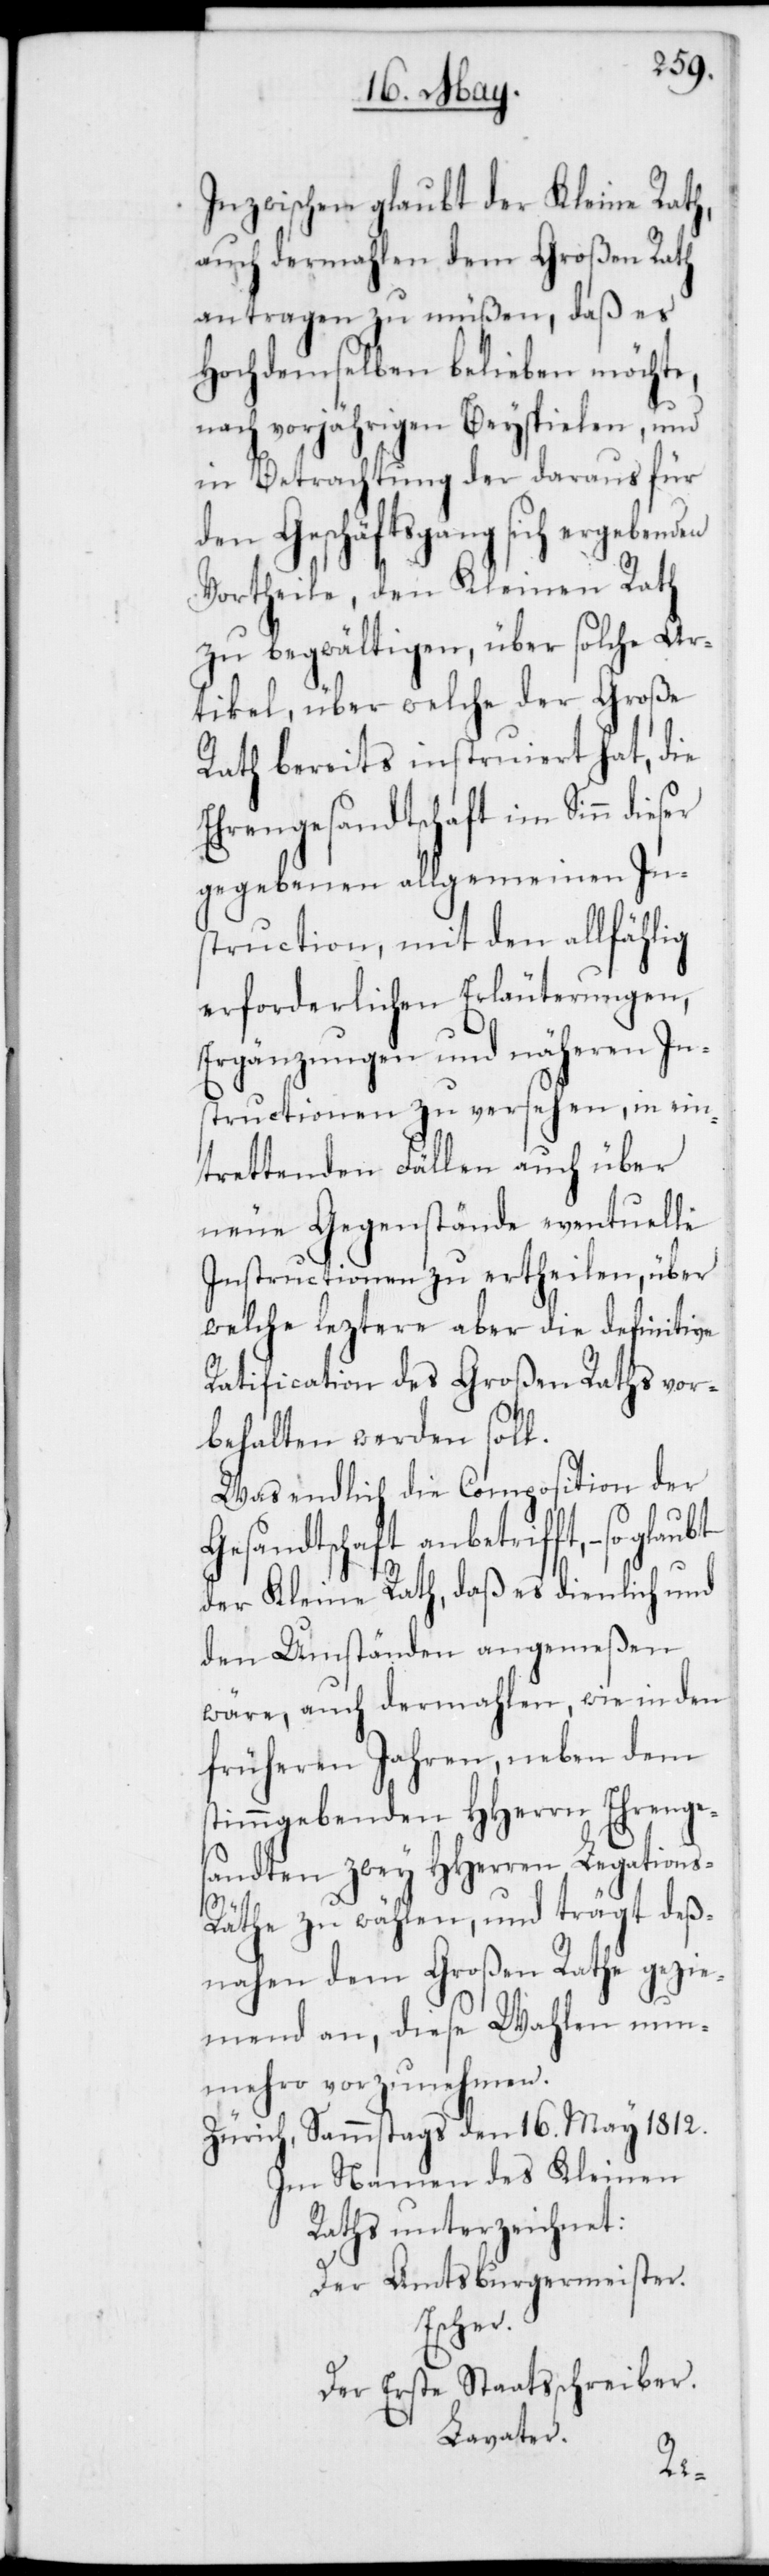
Inzwischen glaubt der Kleine Rat¬
auch dermahlen dem Großen Rath
antragen zu müßen, daß es
Hochdemselben belieben möchte,
nach vorjährigen Beyspielen, und
in Betrachtung der daraus für
den Geschäftsgang sich ergeben¬
Vortheile, den Kleinen Rath
zu begwältigen, über solche Ar¬
tikel, über welche der Große
Rath bereits instruiert hat, die
Ehrengesandtschaft im Sinn dieser
gegebenen allgemeinen In¬
struction, mit den allfählig
erforderlichen Erläuterungen,
Ergänzungen und näheren In¬
structionen zu versehen, in ein¬
trettenden Fällen auch über
neue Gegenstände eventuelle
Instructionen zu ertheilen, über
welche leztere aber die definitive
Ratification des Großen Raths vor¬
behalten werden soll.
Was endlich die Composition der
Gesandtschaft anbetrifft, – so
der Kleine Rath, daß es dienlich und
den Umständen angemeßen
wäre, auch dermahlen, wie in den
früheren Jahren, neben dem
stimmgebenden HHerrn Ehrenges¬
andten zwei HHerren Legation¬
äthe zu wählen, und trägt deß¬
nahen dem Großen Rathe gezie¬
mend an, diese Wahlen nun¬
mehro vorzunehmen.
Zürich, Sammstags den 16t. May 1812.
Im Namen des Kleinen
Rats unterzeichnet:
Der Amtsburgermeister.
Escher.
Der Erste Staatsschreiber.
Lavater.
s-R¬